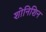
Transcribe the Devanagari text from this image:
शोनिशिन